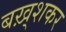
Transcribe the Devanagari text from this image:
बख़्शकर